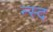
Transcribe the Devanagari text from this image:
न्स्द